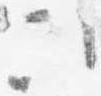
次